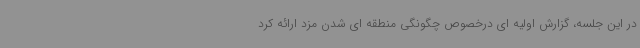
در این جلسه، گزارش اولیه ای درخصوص چگونگی منطقه ای شدن مزد ارائه کرد